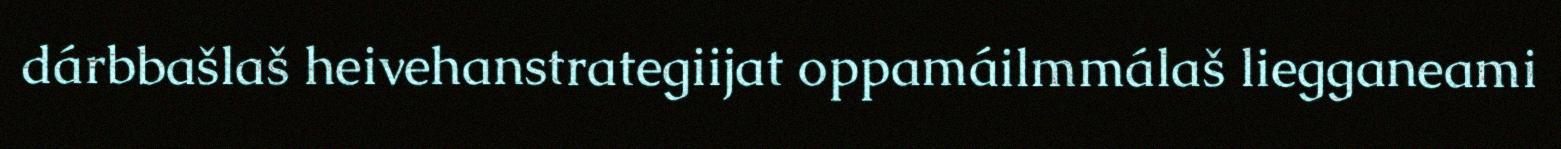
dárbbašlaš heivehanstrategiijat oppamáilmmálaš liegganeami